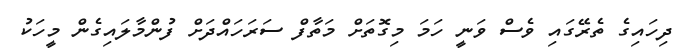
ދިހައިގެ ތެރޭގައި ވެސް ވަނީ ހަމަ މިގޮތަށް މަތާފް ސަރަހައްދަށް ފުންމާލައިގެން މީހަކު